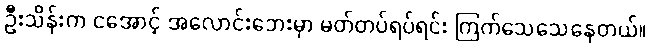
ဦးသိန်းက ငအောင့် အလောင်းဘေးမှာ မတ်တပ်ရပ်ရင်း ကြက်သေသေနေတယ်။